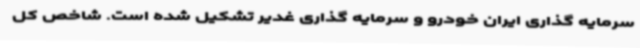
سرمایه گذاری ایران خودرو و سرمایه گذاری غدیر تشکیل شده است. شاخص کل